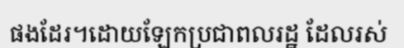
ផងដែរ។ដោយឡែកប្រជាពលរដ្ឋ ដែលរស់